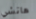
هاتشي